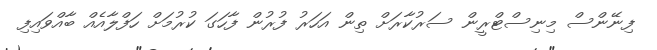
ފިނޭންސް މިނިސްޓްރީން ސަރުކާރަށް ތިން އަހަރު ފުރުން ފާހަގަ ކުރުމަށް ހަފްލާއެއް ބާއްވައިފި